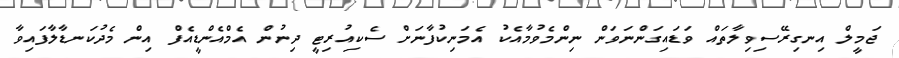
ޖަމީލް އިނގިރޭސިވިލާތައް ވަޑައިގަންނަވަން ނިންމެވުމާއެކު އެމަނިކުފާނަށް ސެކިއުރިޓީ ދިނުން އެމްއެންޑީއެފް އިން މެދުކަނޑާލާފައިވާ